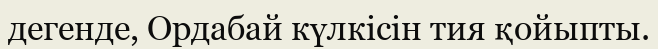
дегенде, Ордабай күлкісін тия қойыпты.